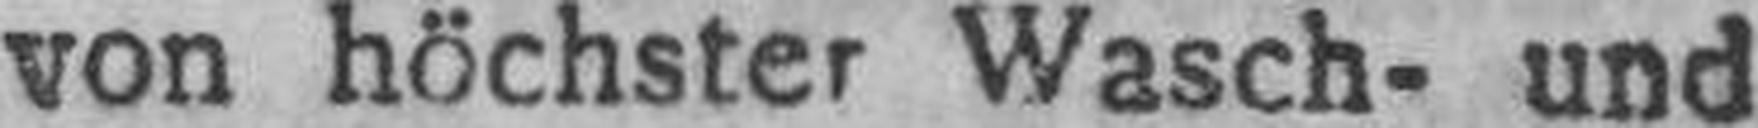
von höchster Wasch- und